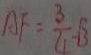
A F = \frac { 3 } { 4 } \sqrt { 3 }